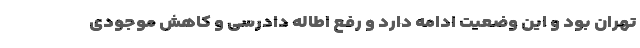
تهران بود و این وضعیت ادامه دارد و رفع اطاله دادرسی و کاهش موجودی